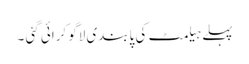
پہلے ہیلمٹ کی پابندی لاگو کرائی گئی ۔